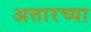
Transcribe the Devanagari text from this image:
अत्तारच्या